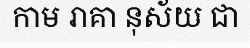
កាម រាគា នុស័យ ជា